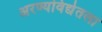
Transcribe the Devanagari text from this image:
अरण्यविद्येतला